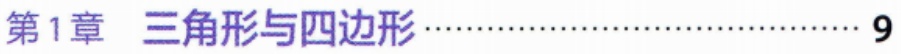
第1章 三角形与四边形\hfill 9